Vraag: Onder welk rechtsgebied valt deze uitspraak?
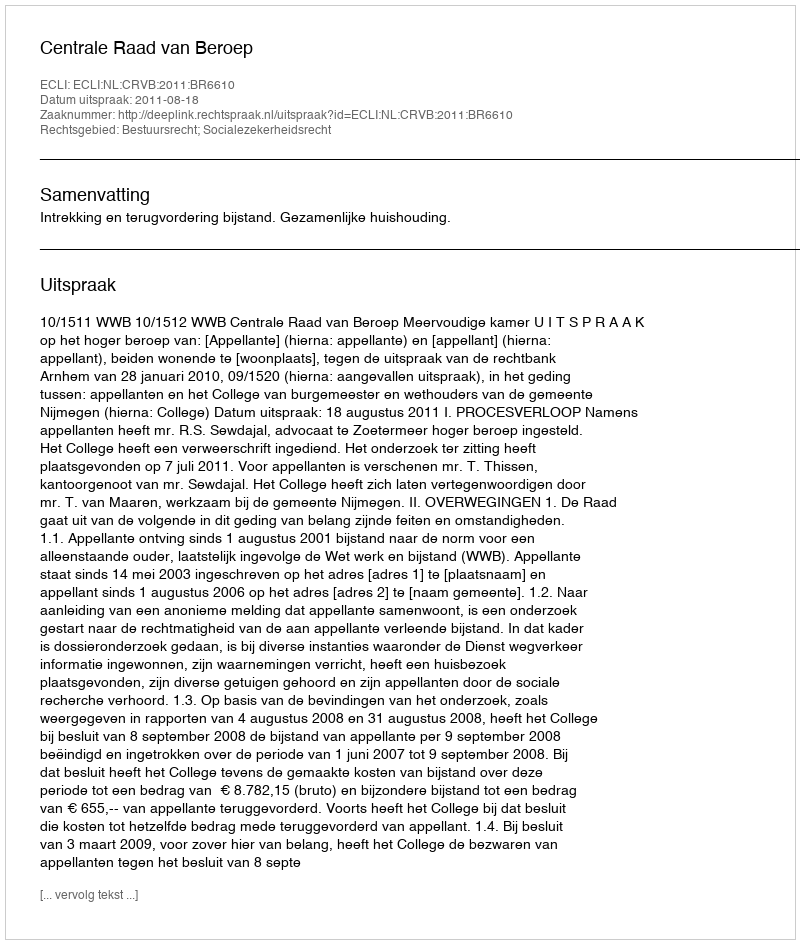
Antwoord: Bestuursrecht; Socialezekerheidsrecht